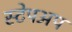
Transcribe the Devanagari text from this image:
स्टेपअप